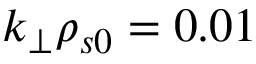
k _ { \perp } \rho _ { s 0 } = 0 . 0 1